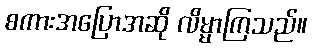
စကားအပြောအဆို လိမ္မာကြသည်။